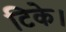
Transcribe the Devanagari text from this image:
टिके।